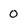
Character: 0